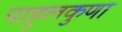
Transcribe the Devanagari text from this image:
पाहुलकुणा